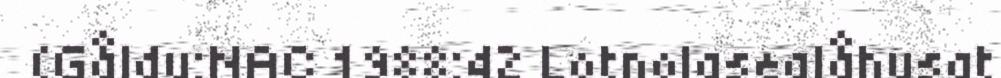
(Gåldu:NAC 1988:42 Lotnolasealåhusat